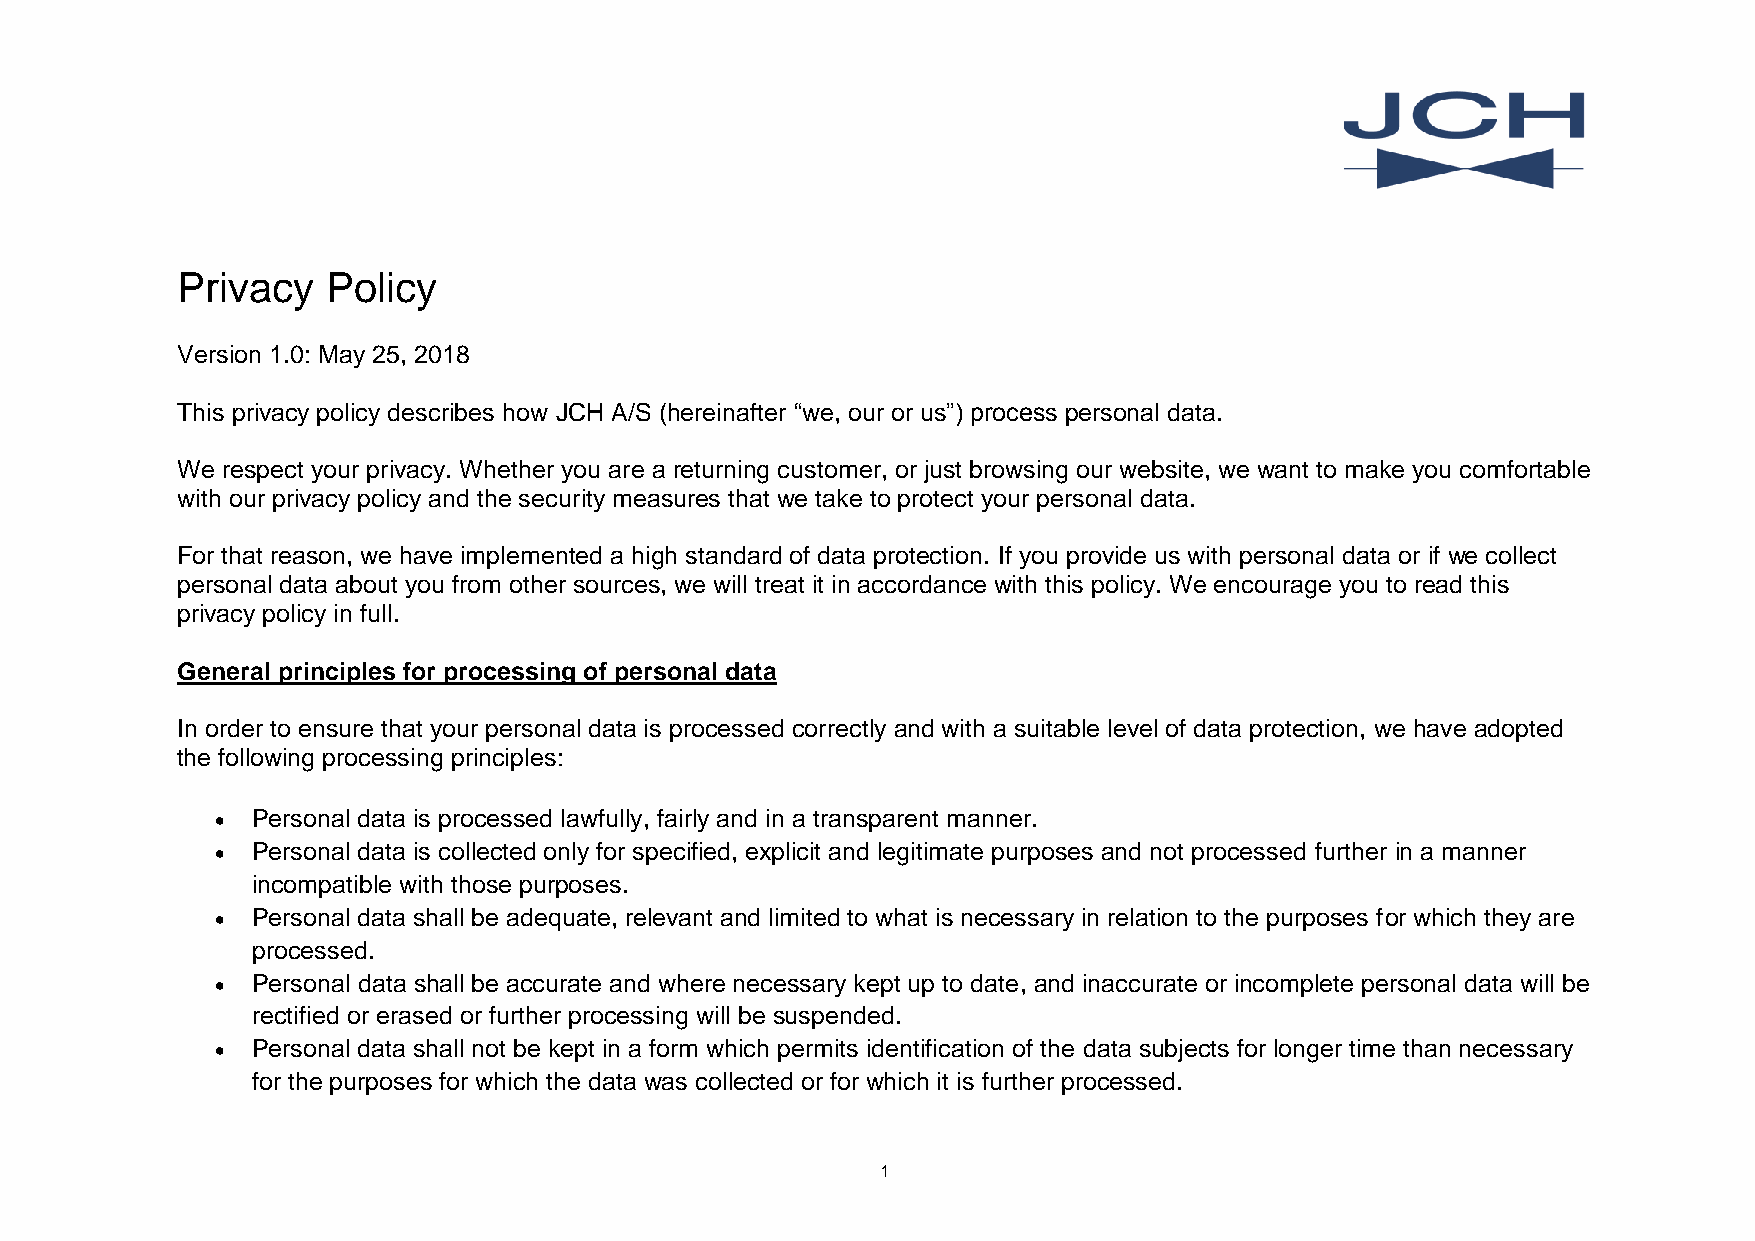
Privacy   Policy
 Version 1.0: May 25, 2018
 This privacy policy describes how JCH A/S (hereinafter “we, our or us”) process personal data.
 We respect your privacy. Whether you are a returning customer, or just browsing our website, we want to make you comfortable
 with our privacy policy and the security measures that we take to protect your personal data.
 For that reason, we have implemented a high standard of data protection. If you provide us with personal data or if we collect
 personal data about you from other sources, we will treat it in accordance with this policy. We encourage you to read this
 privacy policy in full.
 General principles for processing of personal data
 In order to ensure that your personal data is processed correctly and with a suitable level of data protection, we have adopted
 the following processing principles:
 •  Personal data is processed lawfully, fairly and in a transparent manner.
 •  Personal data is collected only for specified, explicit and legitimate purposes and not processed further in a manner
 incompatible with those purposes.
 •  Personal data shall be adequate, relevant and limited to what is necessary in relation to the purposes for which they are
 processed.
 •  Personal data shall be accurate and where necessary kept up to date, and inaccurate or incomplete personal data will be
 rectified or erased or further processing will be suspended.
 •  Personal data shall not be kept in a form which permits identification of the data subjects for longer time than necessary
 for the purposes for which the data was collected or for which it is further processed.
 1